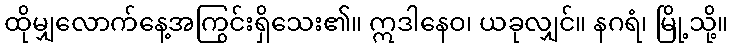
ထိုမျှလောက်နေ့အကြွင်းရှိသေး၏။ ဣဒါနေဝ၊ ယခုလျှင်။ နဂရံ၊ မြို့သို့။